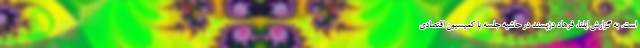
است. به گزارش ایلنا، فرهاد دژپسند در حاشیه جلسه با کمیسیون اقتصادی